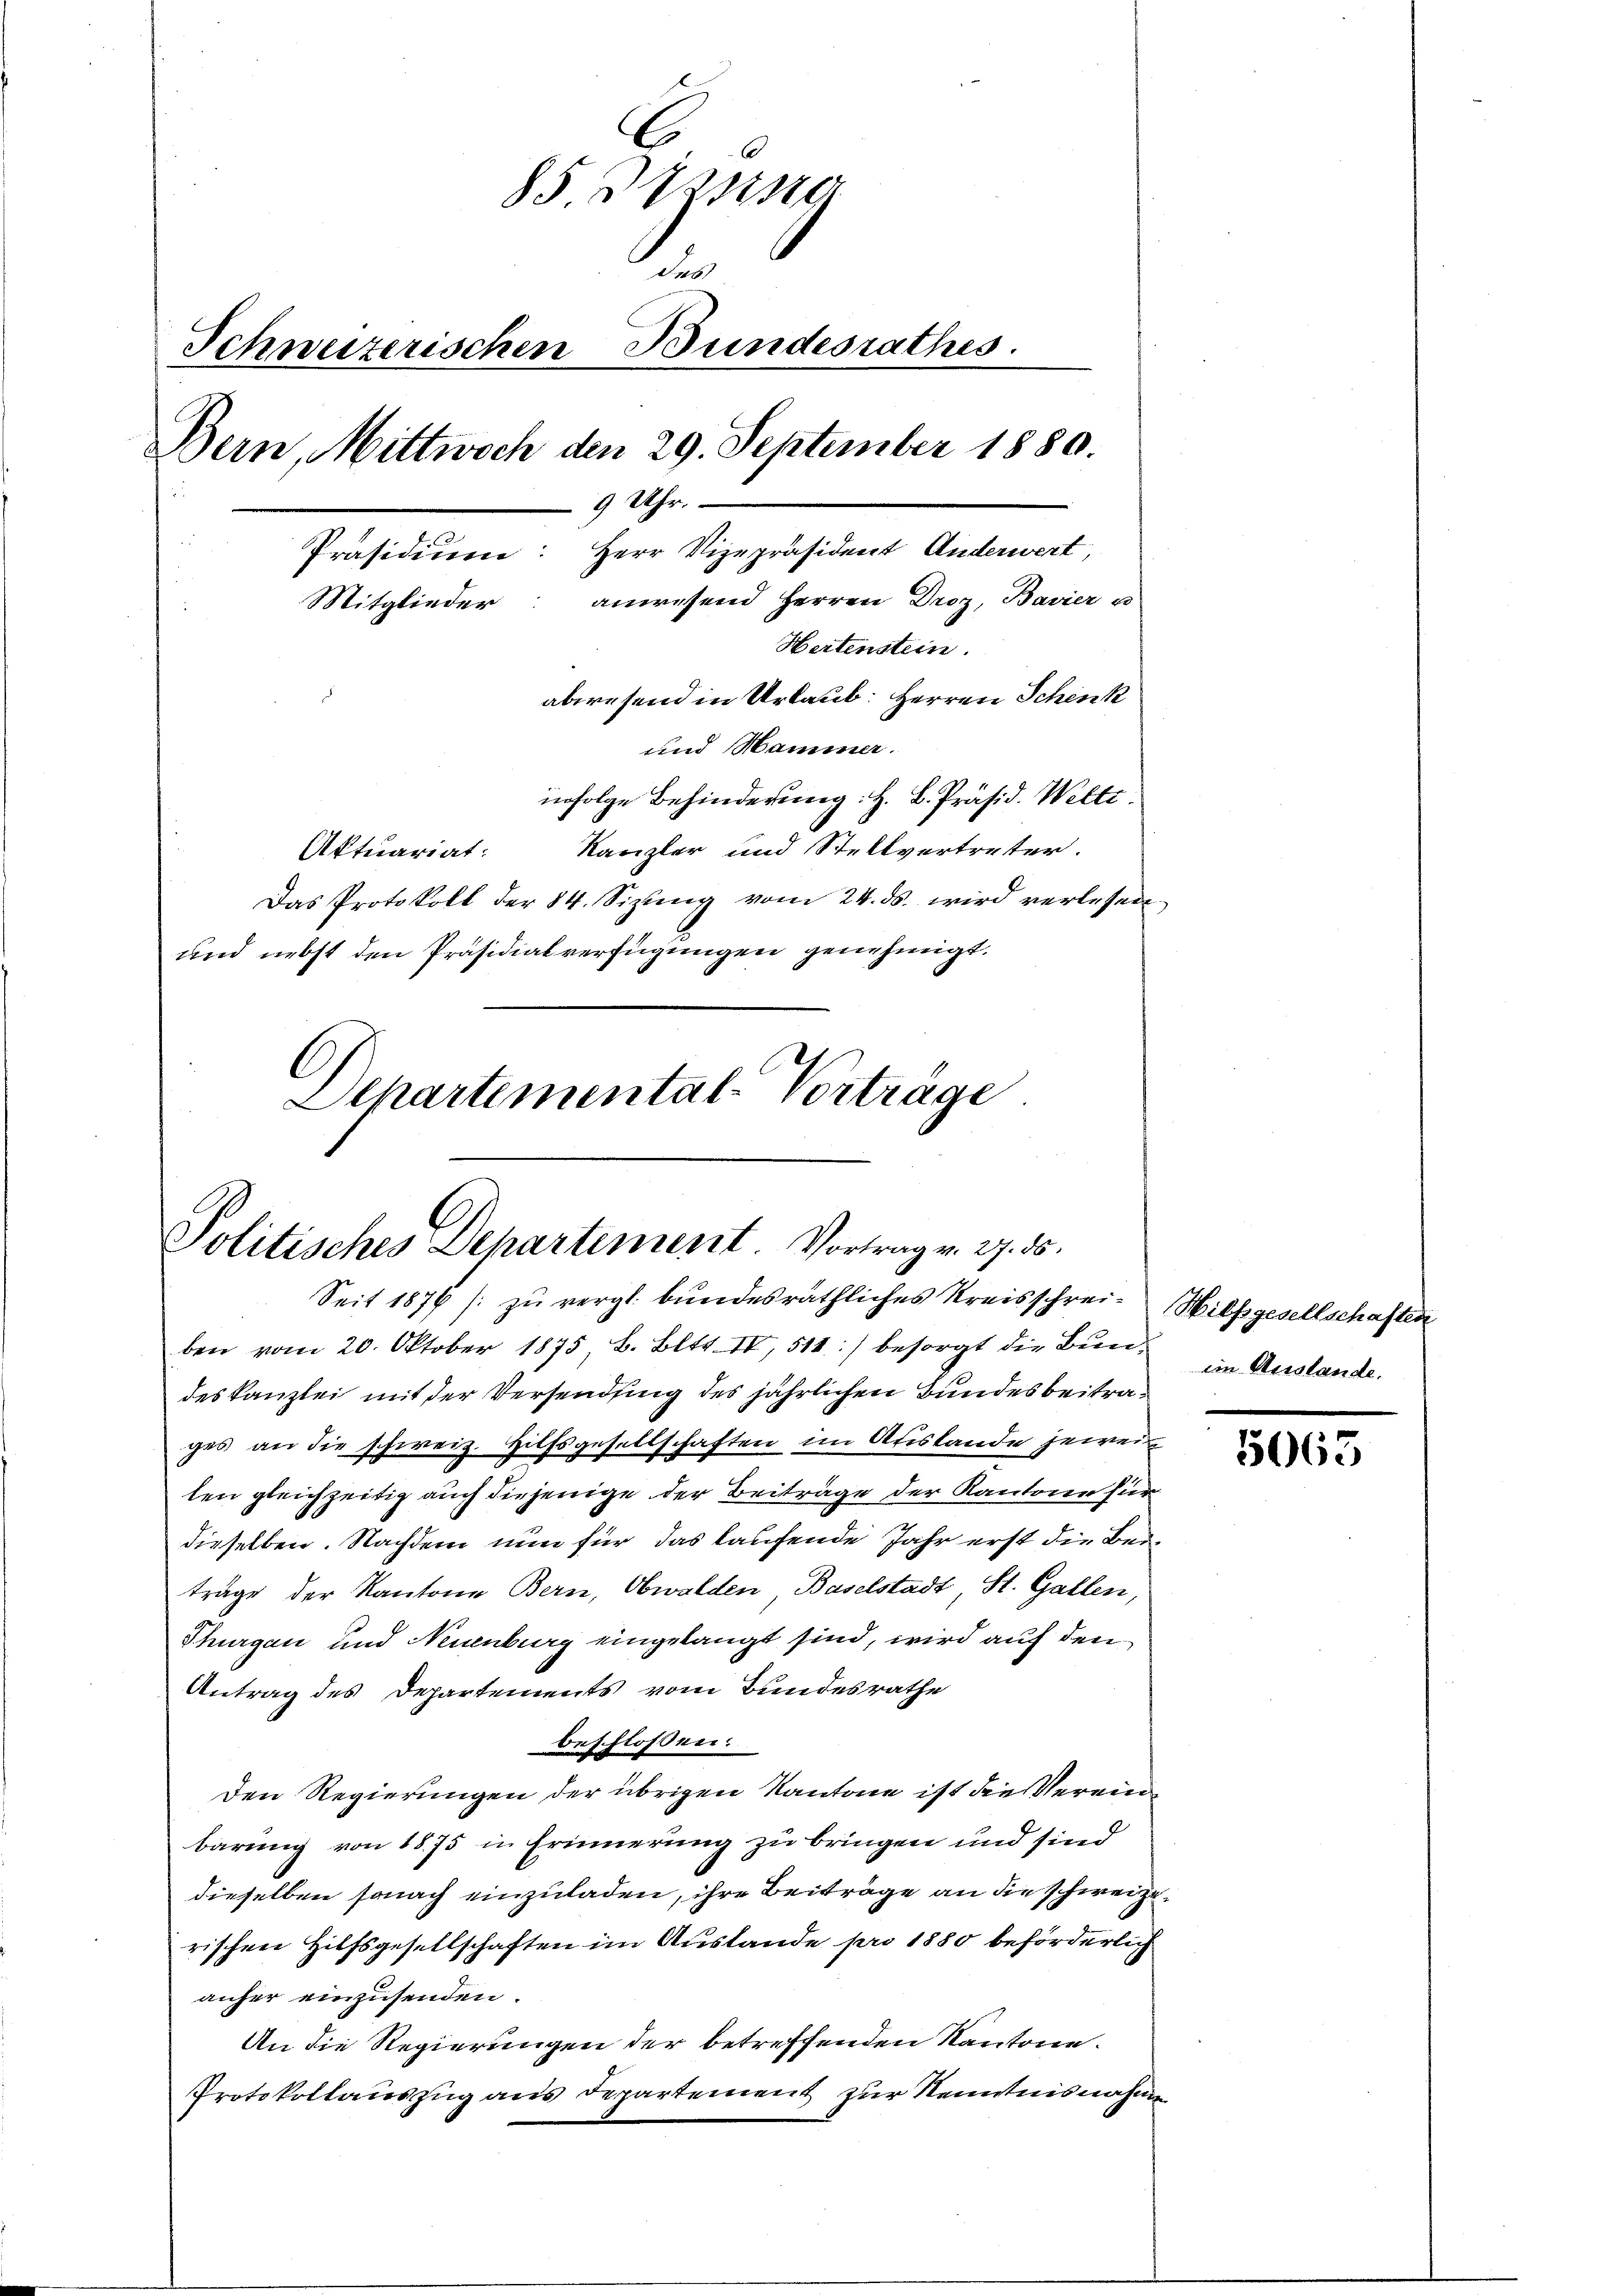
85. 3721ste
5
Schweizerischen Bundesrathes.
Bern, Mittwoch den 29. September 1880.
9 Uhr.
Präsidium: Herr Vizepräsident Anderwert,
anwesend Herren Droz, Bavier u
Mitglieder
Hertenstein.
abwesend in Urlaub: Herren Schenk
und Hammer.
infolge Behinderung: H. B. Präsid. Welti.
Aktuariat: Kanzler und Stellvertreter.
Das Protokoll der 84. Sizŭng vom 24. ds. wird verlesen
und nebst den Präsidialverfügungen genehmigt.
Departemental-Vortrage

Politisches Departiment. Vortrag v. 27. ds.
Seit 1876 zŭ vergl. bŭndesräthliches Kreisschrei- Wilhgesellschaften

ben vom 20. Oktober 1875, B. Bltt. IV, 511:) besorgt die Bundeskanzlei mit der Versendung des jährlichen Bundesbeitrages an die schweiz. Hilfsgesellschaften im Aristande jewei
ten gleichzeitig auch diejenige der Beiträge der Kantone für
dieselben. Nachdem nun für das laufende Jahr erst die Beiträge der Kantone Bern, Obwalden Baselstadt, St. Gallen,
Thurgau und Neuenburg eingelangt sind, wird auf den
Antrag des Departements vom Bundesrathe
beschlossen:
Den Regierungen der übrigen Kantone ist die Vereine
barung von 1875 in Erinnerung zu bringen und sind
dieselben sonach einzuladen, ihre Beiträge an die schweizerischen Hilfsgesellschaften im Austande pro 1880 beförderlich
anher einzusenden.
An die Regierungen der betreffenden Kantone.
Protokollauszug aus Departement zur Kenntnisnahmen

im Auslande.

5065